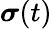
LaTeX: \boldsymbol{\sigma}(t)